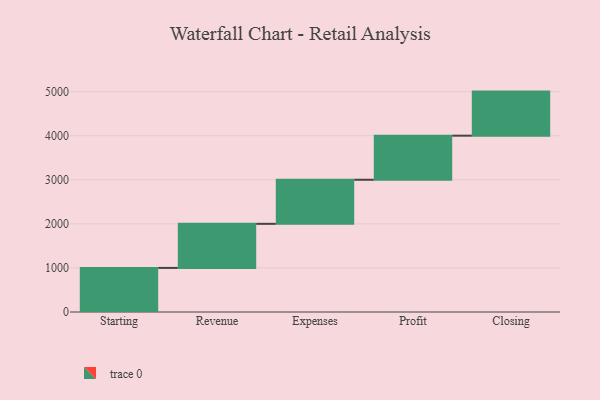
{"axis": {"x": "Step", "y": "Value"}, "legend": [""], "data": [{"x": "Starting", "y": 1000, "type": ""}, {"x": "Revenue", "y": 1000, "type": ""}, {"x": "Expenses", "y": 1000, "type": ""}, {"x": "Profit", "y": 1000, "type": ""}, {"x": "Closing", "y": 1000, "type": ""}]}